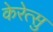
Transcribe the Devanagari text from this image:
केरेत्सु